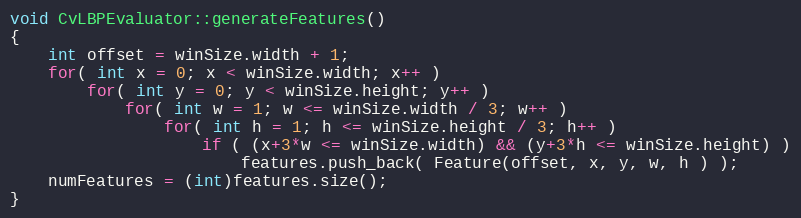
Language: C++
void CvLBPEvaluator::generateFeatures()
{
    int offset = winSize.width + 1;
    for( int x = 0; x < winSize.width; x++ )
        for( int y = 0; y < winSize.height; y++ )
            for( int w = 1; w <= winSize.width / 3; w++ )
                for( int h = 1; h <= winSize.height / 3; h++ )
                    if ( (x+3*w <= winSize.width) && (y+3*h <= winSize.height) )
                        features.push_back( Feature(offset, x, y, w, h ) );
    numFeatures = (int)features.size();
}